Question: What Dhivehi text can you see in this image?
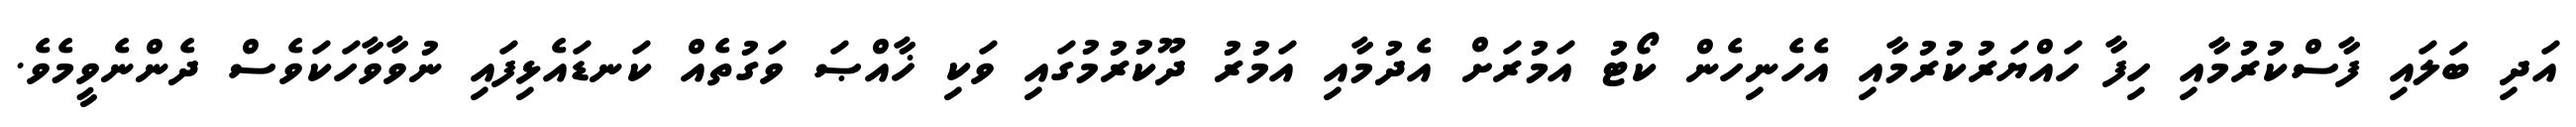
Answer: އަދި ބަލައި ފާސްކުރުމާއި ހިފާ ހައްޔަރުކުރުމާއި އެހެނިހެން ކޯޓު އަމުރަށް އެދުމާއި އަމުރު ދޫކުރުމުގައި ވަކި ޚާއްޞަ ވަގުތެއް ކަނޑައެޅިފައި ނުވާވާހަކަވެސް ދެންނެވީމެވެ.